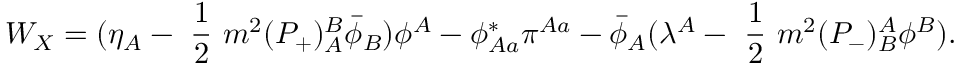
W _ { X } = ( \eta _ { A } - \mathrm { ~ \frac { 1 } { 2 } ~ } m ^ { 2 } ( P _ { + } ) _ { A } ^ { B } \bar { \phi } _ { B } ) \phi ^ { A } - \phi _ { A a } ^ { * } \pi ^ { A a } - \bar { \phi } _ { A } ( \lambda ^ { A } - \mathrm { ~ \frac { 1 } { 2 } ~ } m ^ { 2 } ( P _ { - } ) _ { B } ^ { A } \phi ^ { B } ) .